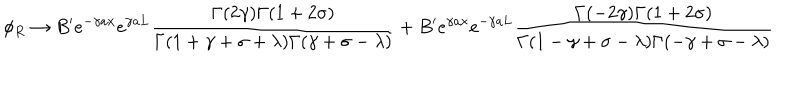
\phi _ { R } \rightarrow B ^ { \prime } e ^ { - \gamma a x } e ^ { \gamma a L } \frac { \Gamma ( 2 \gamma ) \Gamma ( 1 + 2 \sigma ) } { \Gamma ( 1 + \gamma + \sigma + \lambda ) \Gamma ( \gamma + \sigma - \lambda ) } + B ^ { \prime } e ^ { \gamma a x } e ^ { - \gamma a L } \frac { \Gamma ( - 2 \gamma ) \Gamma ( 1 + 2 \sigma ) } { \Gamma ( 1 - \gamma + \sigma - \lambda ) \Gamma ( - \gamma + \sigma - \lambda ) }